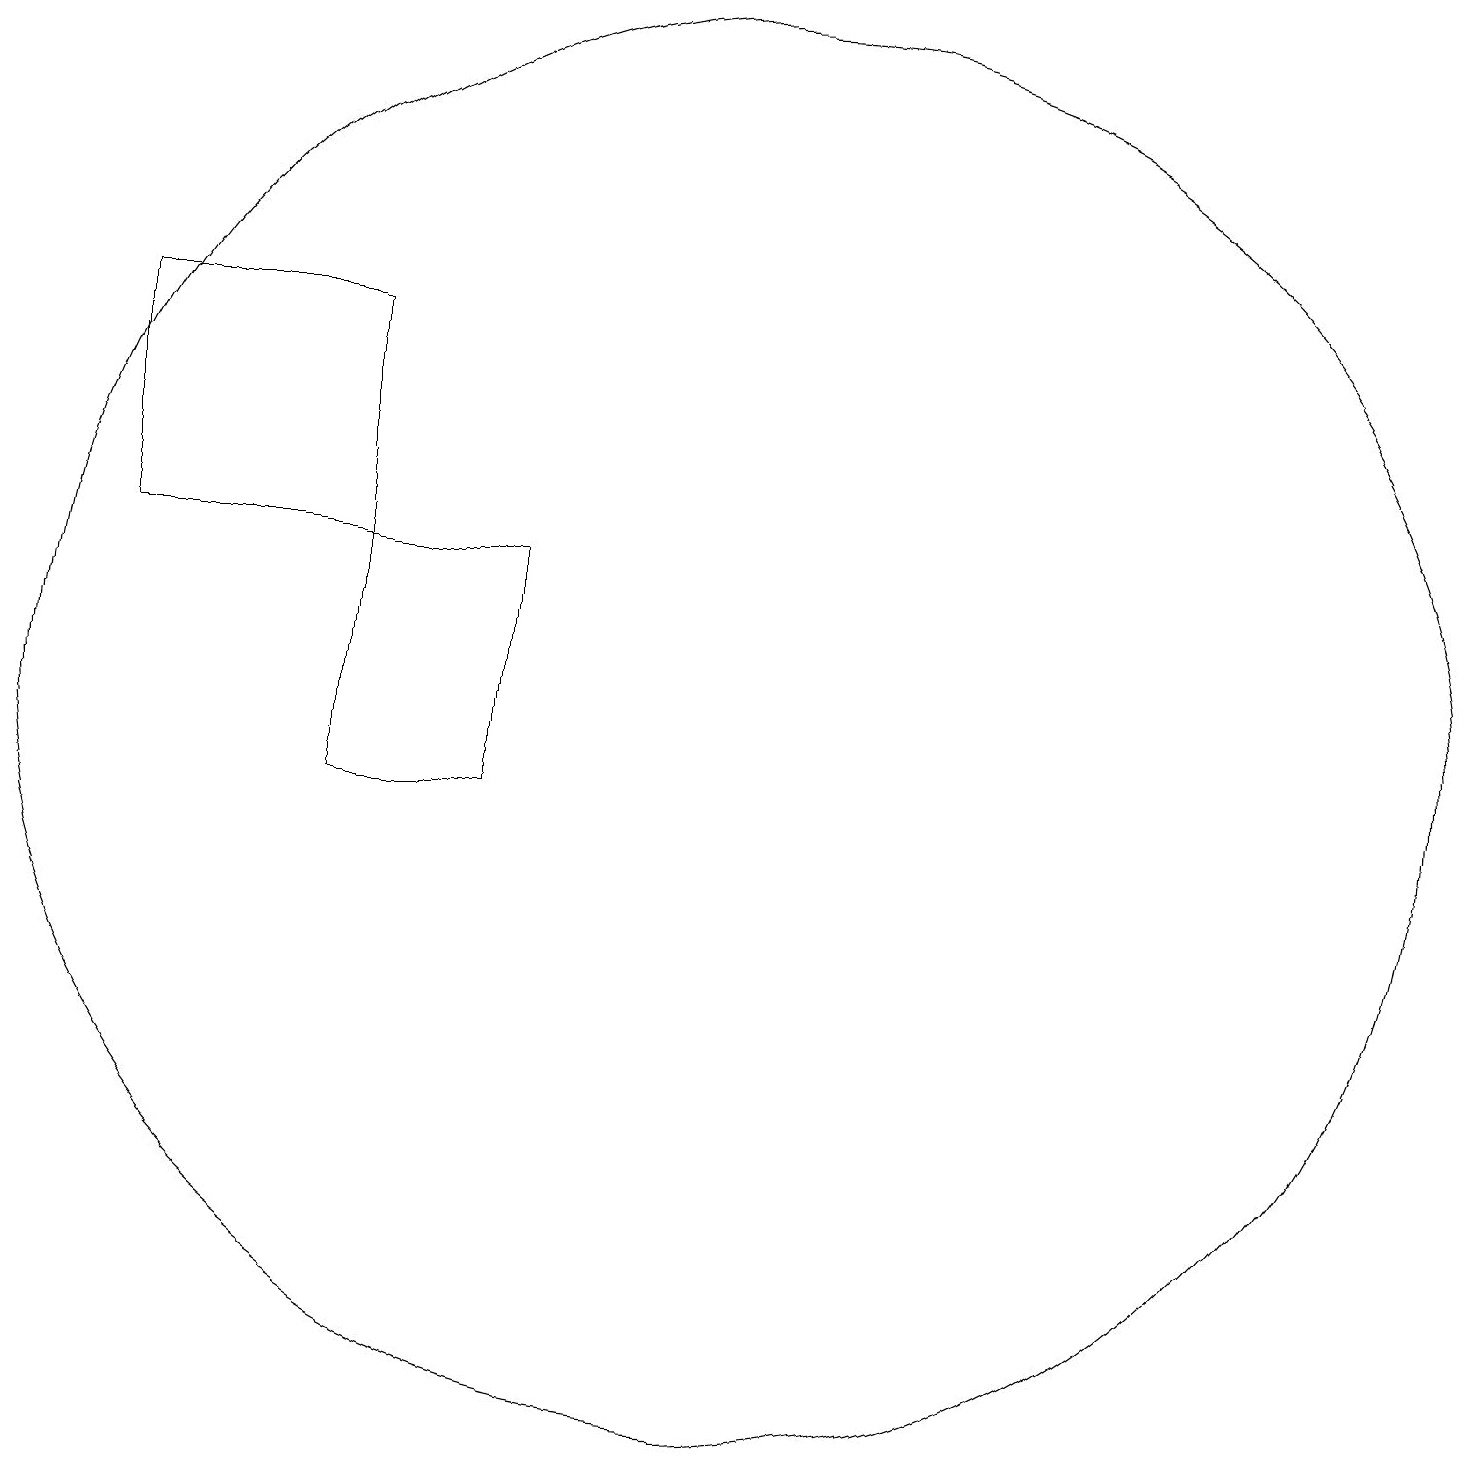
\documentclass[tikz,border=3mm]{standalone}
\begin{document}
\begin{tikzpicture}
\draw (5,13) rectangle (7,10);
\draw (5,13) rectangle (2,16);
\draw (10,11) circle (9);
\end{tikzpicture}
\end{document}